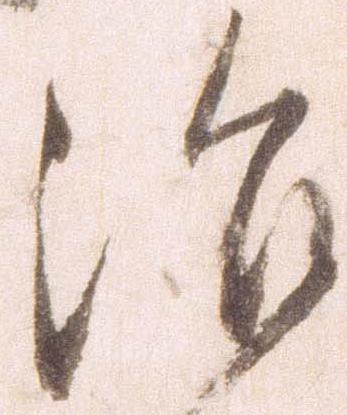
治